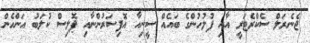
ޖެނެރަލް ސެކްރެޓަރީ އާއި ފުލުހުންގެ ބައެއް ސީނިއާ އޮފިސަރުންނާއި ޕޮލިސް ކުލަބު އަންހެން